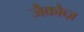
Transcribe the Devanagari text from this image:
जैकोब्ज़